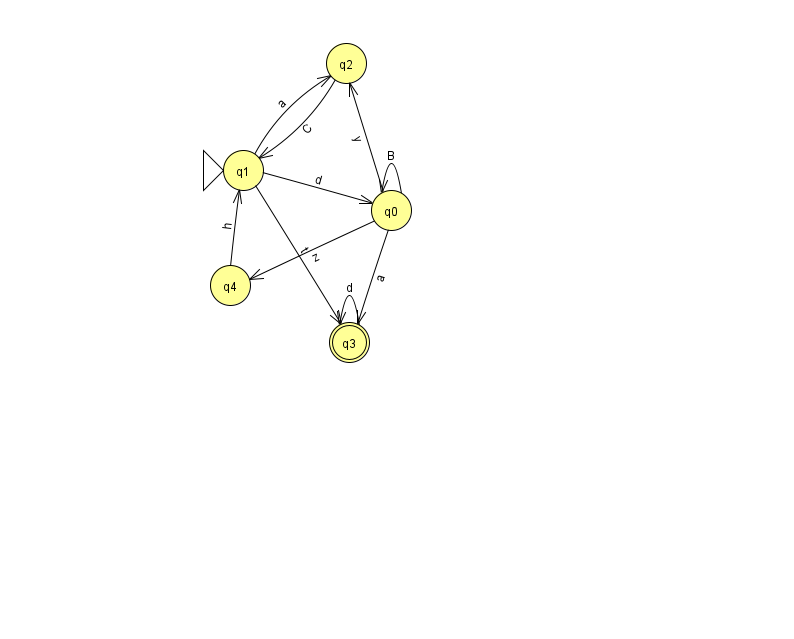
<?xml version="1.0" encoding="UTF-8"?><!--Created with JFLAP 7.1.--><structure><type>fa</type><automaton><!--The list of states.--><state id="0" name="q0"><x>391.0</x><y>197.0</y></state><state id="1" name="q1"><x>243.0</x><y>157.0</y><initial/></state><state id="2" name="q2"><x>346.0</x><y>50.0</y></state><state id="3" name="q3"><x>349.0</x><y>329.0</y><final/></state><state id="4" name="q4"><x>230.0</x><y>272.0</y></state><!--The list of transitions.--><transition><from>0</from><to>4</to><read>z</read></transition><transition><from>0</from><to>0</to><read>B</read></transition><transition><from>3</from><to>3</to><read>d</read></transition><transition><from>1</from><to>3</to><read>t</read></transition><transition><from>2</from><to>1</to><read>C</read></transition><transition><from>1</from><to>0</to><read>d</read></transition><transition><from>1</from><to>2</to><read>a</read></transition><transition><from>0</from><to>2</to><read>y</read></transition><transition><from>0</from><to>3</to><read>a</read></transition><transition><from>4</from><to>1</to><read>h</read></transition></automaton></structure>